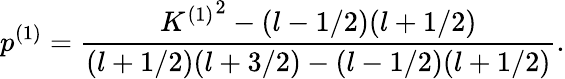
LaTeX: p^{(1)}=\frac{{K^{(1)}}^{2}-(l-1/2)(l+1/2)}{(l+1/2)(l+3/2)-(l-1/2)(l+1/2)}.